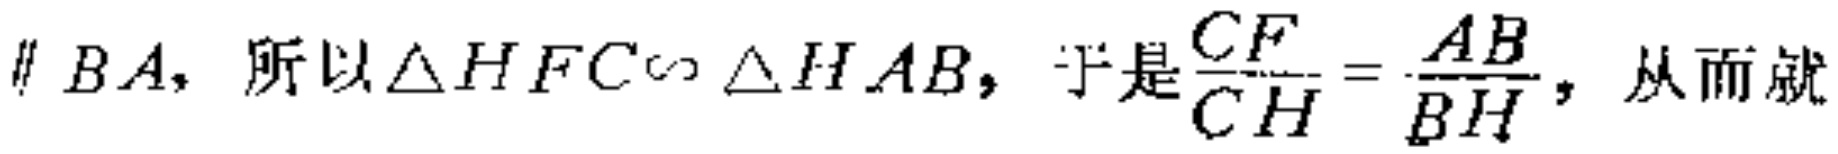
$//BA，所以\triangle HFC\sim\triangle HAB，于是\frac{CF}{CH}=\frac{AB}{BH}，从而就$